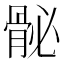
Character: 𩨲